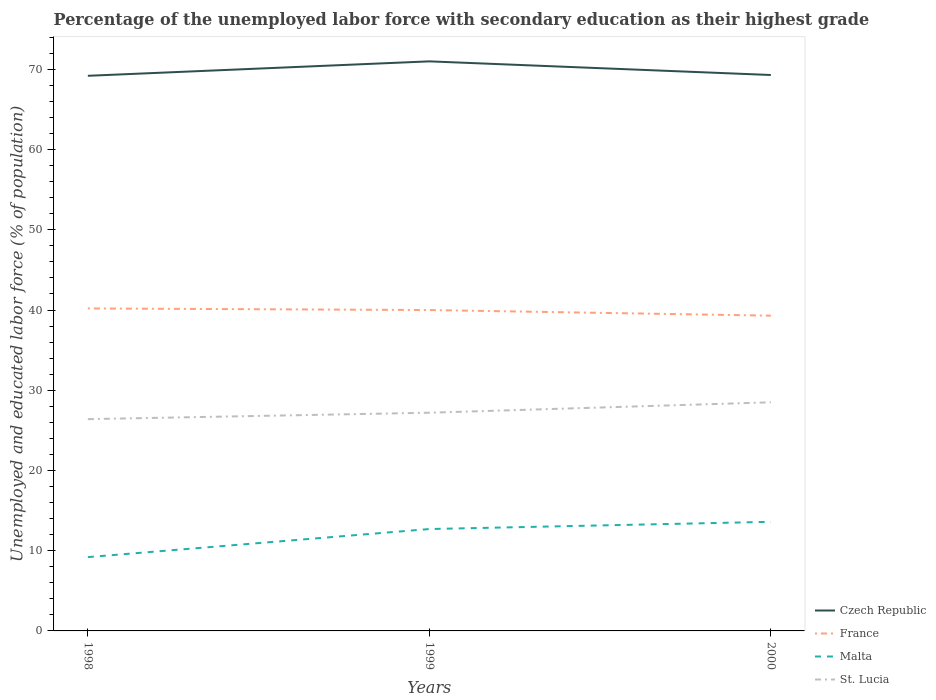
| Years | Czech Republic | France | Malta | St. Lucia |
 | --- | --- | --- | --- | --- |
 | 1998 | 69.2 | 40.2 | 9.2 | 26.4 |
 | 1999 | 71 | 40 | 12.7 | 27.2 |
 | 2000 | 69.3 | 39.3 | 13.6 | 28.5 |